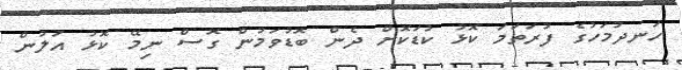
ހަނދުމަހުގެ ފުރަތަމަ ކޮޅު ކުޑަކޮށް ދެން ބޮޑުވަމުން ގޮސް ނިމޭ ކޮޅު އަލުން